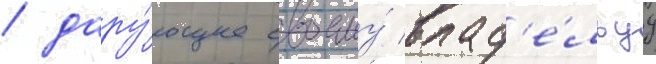
/ дару́ющее своему́ влад'е́льцу